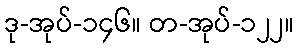
ဒု-အုပ်-၁၄၆။ တ-အုပ်-၁၂၂။